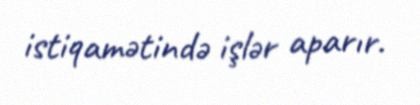
istiqamətində işlər aparır.